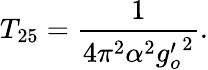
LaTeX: T_{25}=\frac{1}{4\pi^{2}\alpha^{2}{g_{o}^{\prime}}^{2}}.